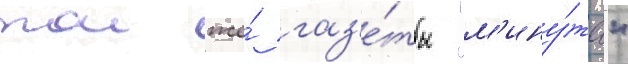
тои же́ газ'е́ты "м'ину́та"